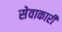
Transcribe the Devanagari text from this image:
सेवाकारी